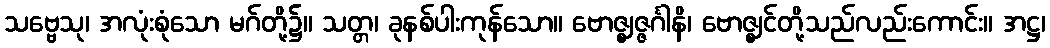
သဗ္ဗေသု၊ အလုံးစုံသော မဂ်တို့၌။ သတ္တ၊ ခုနစ်ပါးကုန်သော။ ဗောဇ္ဈဇ္ဇင်္ဂါနိ၊ ဗောဇ္ဈင်တို့သည်လည်းကောင်း။ အဋ္ဌ၊